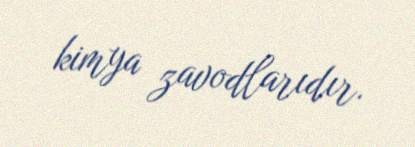
kimya zavodlarıdır.